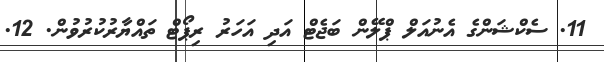
11. ސެކްޝަންގެ އެނުއަލް ޕްލޭން ބަޖެޓް އަދި އަހަރު ރިޕޯޓް ތައްޔާރުކުރުވުން. 12.